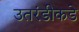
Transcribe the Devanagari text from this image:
उतरंडीकडे